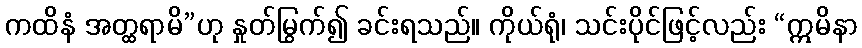
ကထိနံ အတ္ထရာမိ”ဟု နှုတ်မြွက်၍ ခင်းရသည်။ ကိုယ်ရုံ၊ သင်းပိုင်ဖြင့်လည်း “ဣမိနာ